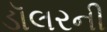
ડૉલરની